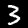
Digit: 3